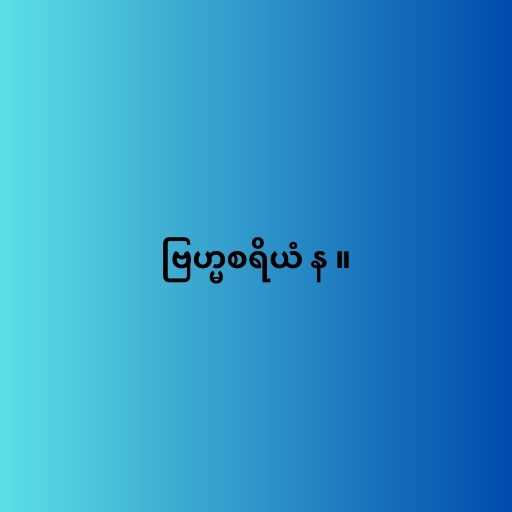
ဗြဟ္မစရိယံ န ။